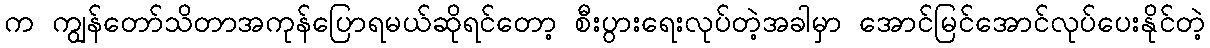
က ကျွန်တော်သိတာအကုန်ပြောရမယ်ဆိုရင်တော့ စီးပွားရေးလုပ်တဲ့အခါမှာ အောင်မြင်အောင်လုပ်ပေးနိုင်တဲ့